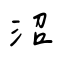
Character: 沼